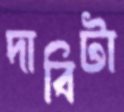
দাবিটা